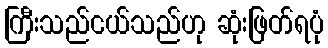
ကြီးသည်ငယ်သည်ဟု ဆုံးဖြတ်ရပုံ